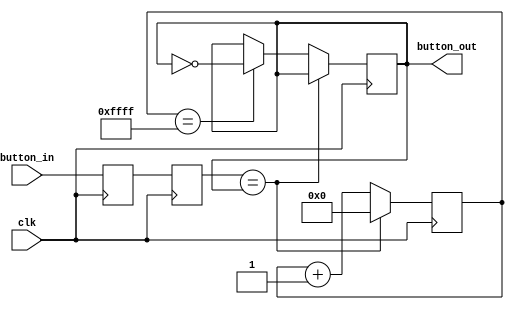
`timescale 1ns / 1ps
//////////////////////////////////////////////////////////////////////////////////
// Company: 
// Engineer: 
// 
// Design Name: 
// Module Name:    Debouncer 
// Project Name: 
// Target Devices: 
// Tool versions: 
// Description: 
//
// Dependencies: 
//
// Revision: 
// Revision 0.01 - File Created
// Additional Comments: 
//
//////////////////////////////////////////////////////////////////////////////////
module Debouncer(
		 input 	button_in,
		 input 	clk,
		 output reg button_out);
   
   reg 			sync_0;
   reg 			sync_1;
   reg [15:0] 		tmpCounter;

   always @(posedge clk) sync_0 <= button_in;
   always @(posedge clk) sync_1 <= sync_0;

   always @(posedge clk) begin
      if (sync_1 == button_out)
	tmpCounter <= 16'b0;

      else begin
	 tmpCounter <= tmpCounter + 1;
	 if (tmpCounter == 16'hffff)
	   button_out <= ~button_out;
      end

   end // always @ (posedge clk)

endmodule